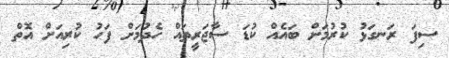
ސިފަ ރަނގަޅު ކުރުމަށް ބައެއް ކުޑަ ސާޖަރީތައް ހެދުމަށް ފަހު ކުރިއަށް އޮތް